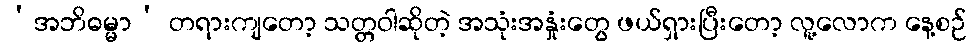
‘အဘိဓမ္မာ’ တရားကျတော့ သတ္တဝါဆိုတဲ့ အသုံးအနှုံးတွေ ဖယ်ရှားပြီးတော့ လူ့လောက နေ့စဉ်